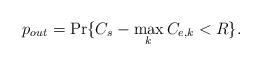
LaTeX: \begin{align*}p_{out} = \textrm{Pr} \{ C_{s} - \max_{k} C_{e,k} < R \}.\end{align*}